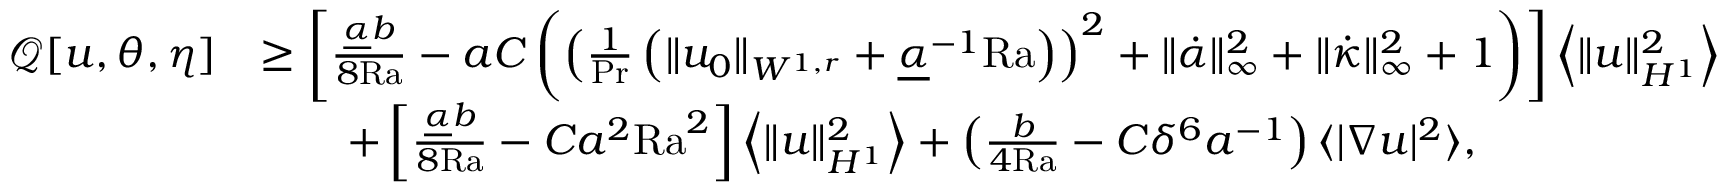
\begin{array} { r l } { \mathcal { Q } [ u , \theta , \eta ] } & { \geq \left[ \frac { \underline { { \alpha } } b } { 8 \mathrm { { R a } } } - a C \left( \left( \frac { 1 } { \mathrm { P r } } \left( \| u _ { 0 } \| _ { W ^ { 1 , r } } + \underline { { \alpha } } ^ { - 1 } \mathrm { { R a } } \right) \right) ^ { 2 } + \| \dot { \alpha } \| _ { \infty } ^ { 2 } + \| \dot { \kappa } \| _ { \infty } ^ { 2 } + 1 \right) \right] \left\langle \| u \| _ { H ^ { 1 } } ^ { 2 } \right\rangle } \\ & { \qquad + \left[ \frac { \underline { { \alpha } } b } { 8 { \mathrm { R a } } } - C a ^ { 2 } \mathrm { { R a } } ^ { 2 } \right] \left\langle \| u \| _ { H ^ { 1 } } ^ { 2 } \right\rangle + \left( \frac { b } { 4 { \mathrm { R a } } } - C \delta ^ { 6 } a ^ { - 1 } \right) \langle | \nabla u | ^ { 2 } \rangle , } \end{array}